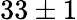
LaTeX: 33\pm 1